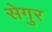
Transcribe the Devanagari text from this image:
सेगुर